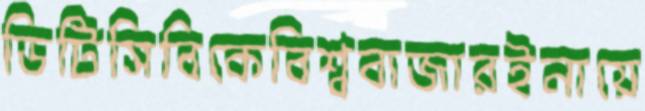
ডিটিসিবিকেবিশ্ববাজারইনায়ে